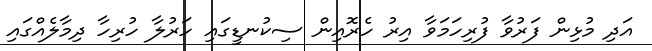
އަދި މުޅިން ފަރުވާ ފުރިހަމަވާ އިރު ހެރޮއިން ސިކުނޑީގައި ހަރުލާ ހުރިހާ ދިމާލެއްގައި